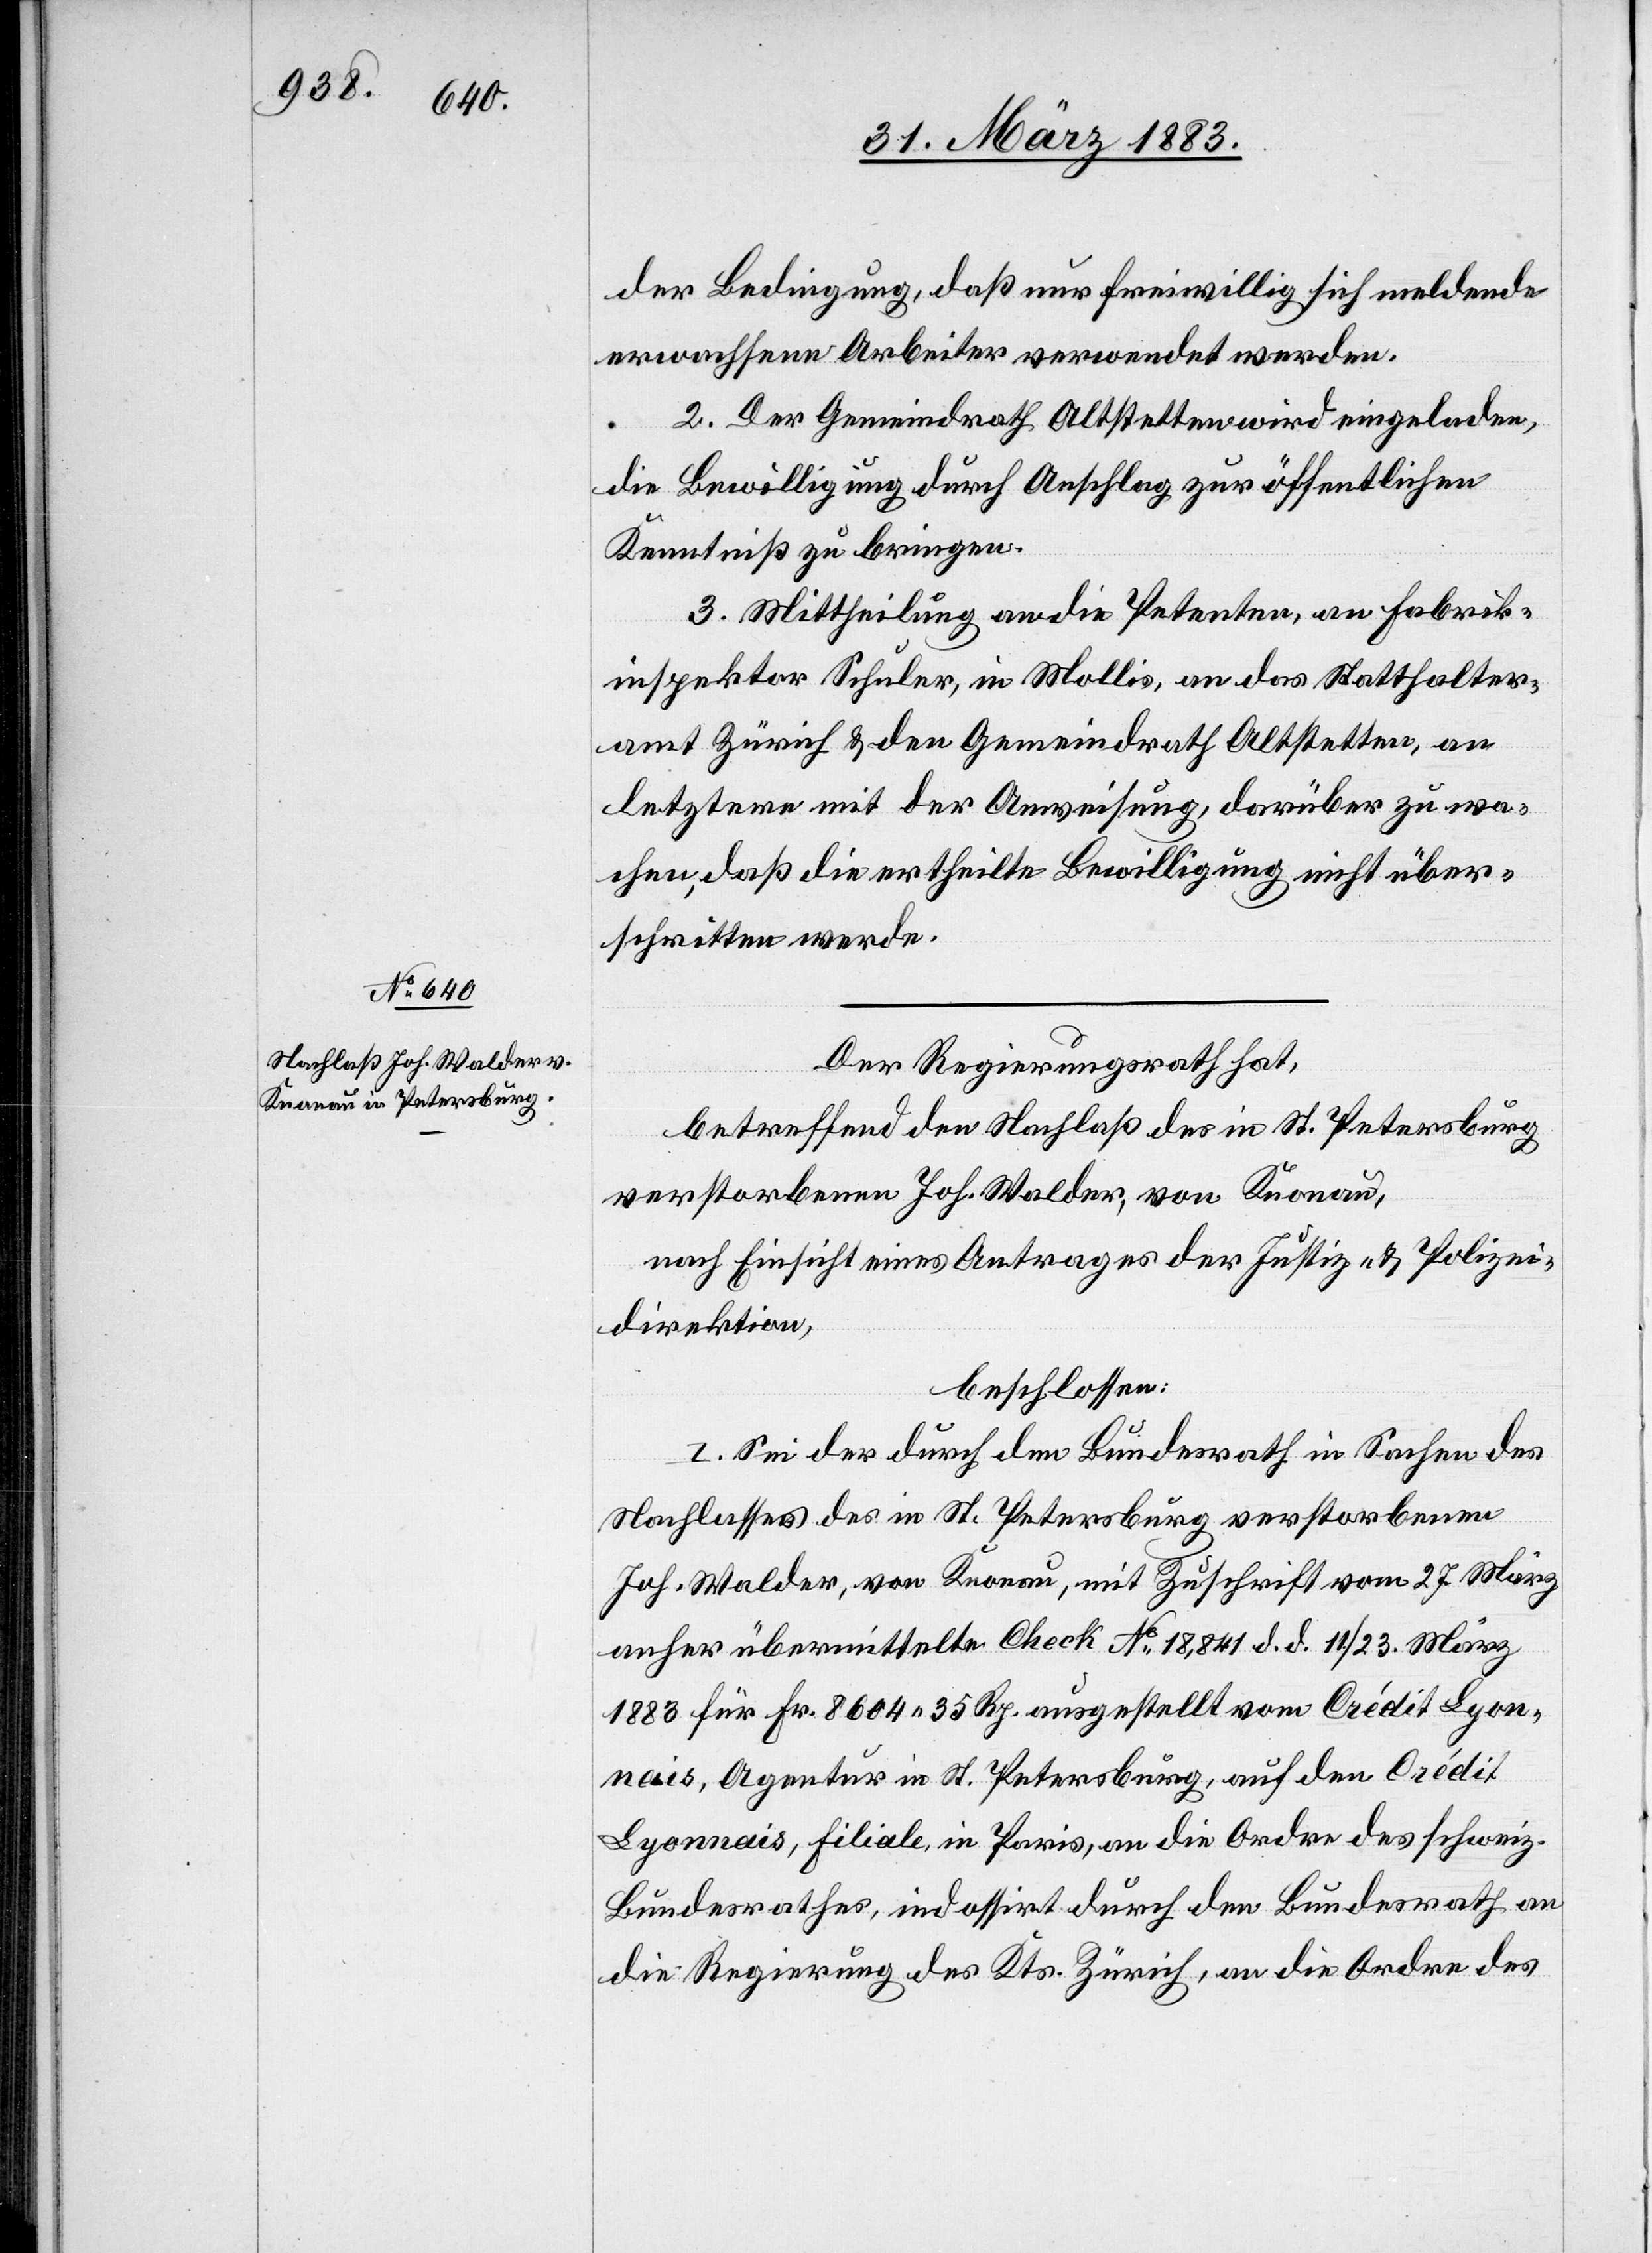
der Bedingung, daß nur freiwillig sich meldende
erwachsene Arbeiter verwendet werden.
2. Der Gemeindrath Altstetten wird eingeladen,
die Bewilligung durch Anschlag zur öffentlichen
Kenntniß zu bringen.
3. Mittheilung an die Petenten, an Fabrik¬
inspektor Schuler, in Mollis, an das Statthalter¬
amt Zürich & an den Gemeindrath Altstetten, an
letztere mit der Anweisung, darüber zu wa¬
chen, daß die ertheilte Bewilligung nicht über¬
schritten werde.
Der Regierungsrath hat,
betreffend den Nachlaß des in St. Petersburg
verstorbenen Joh. Walder, von Knonau,
nach Einsicht eines Antrages der Justiz- & Polizei¬
direktion,
beschlossen:
I. Sei der durch den Bundesrath in Sachen des
Nachlasses des in St. Petersburg verstorbenen
Joh. Walder, von Knonau, mit Zuschrift vom 27. März
anher übermittelte Check No 18,841 d. d. 11./23. März
1883 für Fr. 8604 35 Rp. ausgestellt vom Crédit Ly¬
onnais, Filiale in Paris, an die Ordre des schweiz.
Bundesrathes, indossirt durch den Bundesrath an
die Regierung des Kts. Zürich, an die Ordre des